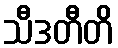
သီဒတီတိ